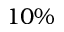
1 0 \%